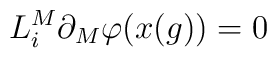
L_{i}^{M}\partial_{M}\varphi (x(g))=0